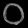
Digit: ၀